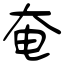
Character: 奄